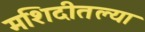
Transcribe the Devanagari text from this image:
मशिदीतल्या